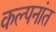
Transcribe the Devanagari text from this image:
कल्पनांत